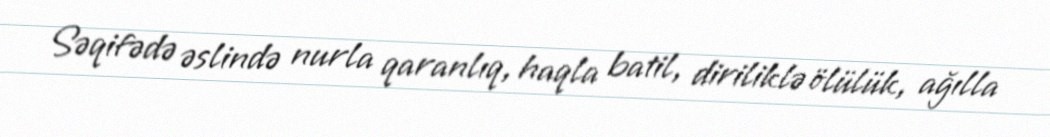
Səqifədə əslində nurla qaranlıq, haqla batil, diriliklə ölülük, ağılla